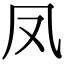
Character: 凤